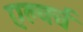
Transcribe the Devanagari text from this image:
एल्चर्च